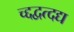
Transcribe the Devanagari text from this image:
च्द्दद्वत्दद्य